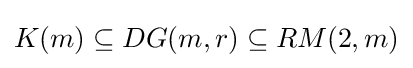
K(m)\subseteq DG(m,r)\subseteq RM(2,m)